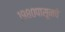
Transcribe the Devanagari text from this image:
१९८०पासूनचे